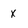
Character: x